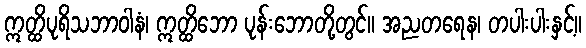
ဣတ္ထိပုရိသဘာဝါနံ၊ ဣတ္ထိဘော ပုန်းဘောတို့တွင်။ အညတရေန၊ တပါးပါးနှင့်။